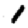
Digit: 1